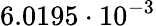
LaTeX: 6.0195\cdot 10^{-3}